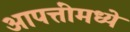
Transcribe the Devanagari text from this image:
आपत्तींमध्ये